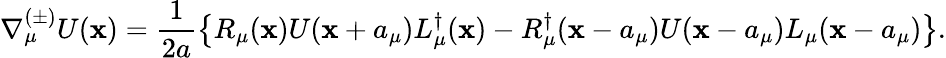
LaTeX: \nabla_{\mu}^{(\pm)}U(\mathbf{x})=\frac{{1}}{{2a}}\left\{ R_{\mu}(\mathbf{x})U(\mathbf{x}+a_{\mu})L_{\mu}^{\dagger}(\mathbf{x})-R_{\mu}^{\dagger}(\mathbf{x}-a_{\mu})U(\mathbf{x}-a_{\mu})L_{\mu}(\mathbf{x}-a_{\mu})\right\} .